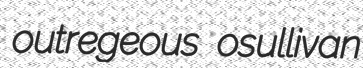
outregeous osullivan